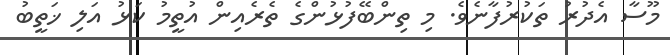
މޫސާ އެދުރު ތަކުރުފާނެވެ. މި ތިންބޭފުޅުންގެ ތެރެއިން އުތީމު ކަޅު އަލި ޚަތީބު